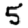
Digit: 5